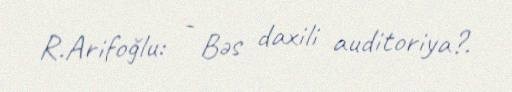
R.Arifoğlu: - Bəs daxili auditoriya?.